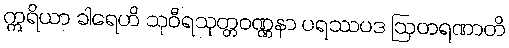
ဣရိယာ ခါရေဟိ သုဝီရသုတ္တဝဏ္ဏနာ ပရဿပဒ ဩတရဏာတိ